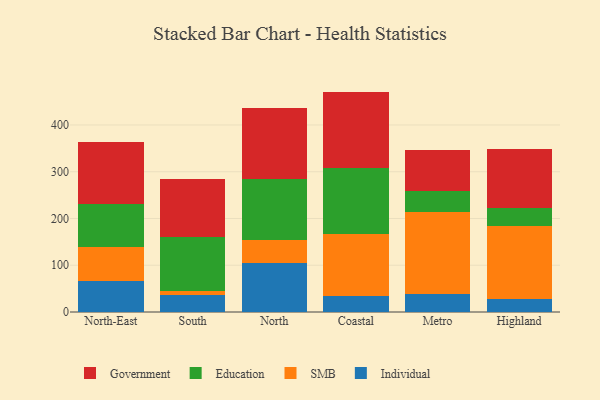
{"axis": {"x": "Region", "y": "Latency (ms)"}, "legend": ["Education", "Government", "Individual", "SMB"], "data": [{"x": "North-East", "y": 65.7, "type": "Individual"}, {"x": "North-East", "y": 73.0, "type": "SMB"}, {"x": "North-East", "y": 92.9, "type": "Education"}, {"x": "North-East", "y": 132.5, "type": "Government"}, {"x": "South", "y": 35.6, "type": "Individual"}, {"x": "South", "y": 8.6, "type": "SMB"}, {"x": "South", "y": 116.3, "type": "Education"}, {"x": "South", "y": 124.9, "type": "Government"}, {"x": "North", "y": 105.4, "type": "Individual"}, {"x": "North", "y": 48.7, "type": "SMB"}, {"x": "North", "y": 129.4, "type": "Education"}, {"x": "North", "y": 151.8, "type": "Government"}, {"x": "Coastal", "y": 34.2, "type": "Individual"}, {"x": "Coastal", "y": 133.7, "type": "SMB"}, {"x": "Coastal", "y": 139.5, "type": "Education"}, {"x": "Coastal", "y": 164.0, "type": "Government"}, {"x": "Metro", "y": 38.5, "type": "Individual"}, {"x": "Metro", "y": 175.9, "type": "SMB"}, {"x": "Metro", "y": 45.2, "type": "Education"}, {"x": "Metro", "y": 85.9, "type": "Government"}, {"x": "Highland", "y": 26.8, "type": "Individual"}, {"x": "Highland", "y": 157.1, "type": "SMB"}, {"x": "Highland", "y": 39.0, "type": "Education"}, {"x": "Highland", "y": 126.8, "type": "Government"}]}